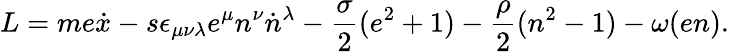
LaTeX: L=me\dot{x}-s\epsilon_{\mu\nu\lambda}e^{\mu}n^{\nu}\dot{n}{}^{\lambda}-\frac{\sigma}{2}(e^{2}+1)-\frac{\rho}{2}(n^{2}-1)-\omega(en).